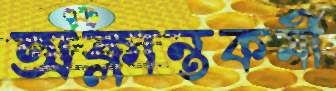
অক্লান্তকর্মী